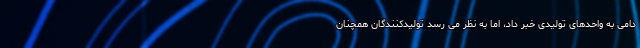
دامی به واحدهای تولیدی خبر داد، اما به نظر می رسد تولیدکنندگان همچنان